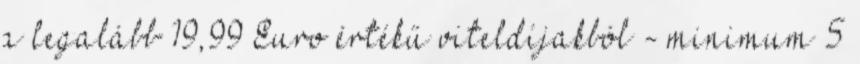
a legalább 19,99 Euro értékű viteldíjakból - minimum 5